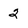
Character: 2